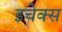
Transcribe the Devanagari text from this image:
इचेक्स